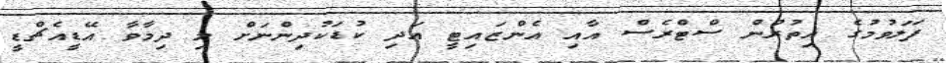
ފަލަވުމުގެ އިތުރުން ސްޓްރެސް އާއި އެންޒައިޓީ އަދި ކުޑަކުދިންނަށް މި ދިމާވާ އޭޑީއެޗްޑީ